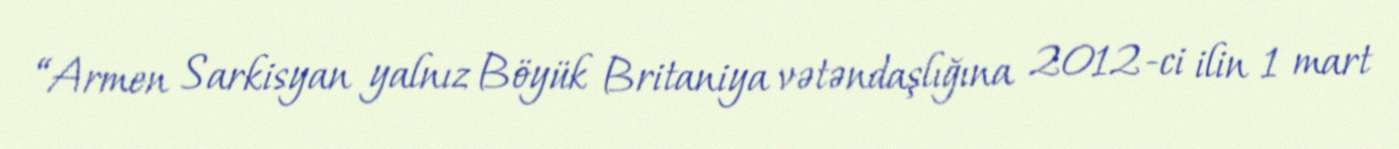
“Armen Sarkisyan yalnız Böyük Britaniya vətəndaşlığına 2012-ci ilin 1 mart